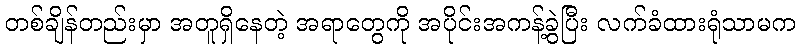
တစ်ချိန်တည်းမှာ အတူရှိနေတဲ့ အရာတွေကို အပိုင်းအကန့်ခွဲပြီး လက်ခံထားရုံသာမက